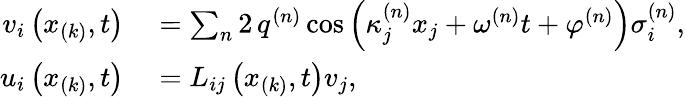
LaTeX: \begin{array}{rl}{v_{i}\left(x_{(k)},t\right)}&{{}=\sum_{n}2\, q^{(n)}\cos\left(\kappa_{j}^{(n)}x_{j}+\omega^{(n)}t+\varphi^{(n)}\right)\sigma_{i}^{(n)},}\\ {u_{i}\left(x_{(k)},t\right)}&{{}=L_{ij}\left(x_{(k)},t\right)v_{j},}\end{array}